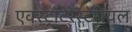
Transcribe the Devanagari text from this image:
एक्स्ट्रॉटेरेस्टेरीयल